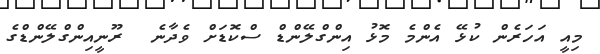
މިއީ އަހަރެން ކުޅޭ އެންމެ މޮޅު އިންގްލޭންޑް ސްކޮޑަށް ވެދާނެ  ރޫނީއިންގްލޭންޑްގެ